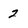
Character: 2